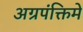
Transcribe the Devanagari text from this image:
अग्रपंक्तिमे